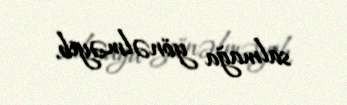
salmağa yönəlməyib.